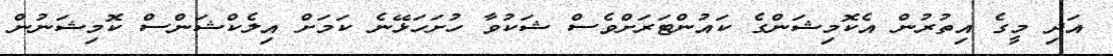
އަދި މީގެ އިތުރުން އެކޮމިޝަންގެ ކައުންޓަރަށްވެސް ޝަކުވާ ހުށަހަޅޭނެ ކަމަށް އިލެކްޝަންސް ކޮމިޝަނުން